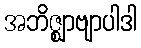
အဘိဇ္ဈာဗျာပါဒါ